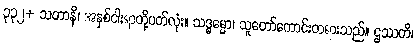
၃၃၂+ သတာနိ၊ အနှစ်ငါးရာတို့ပတ်လုံး။ သဒ္ဓမ္မော၊ သူတော်ကောင်းတရားသည်။ ဌဿတိ၊